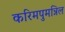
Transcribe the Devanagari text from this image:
करिमपुमन्निल